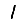
Digit: 1